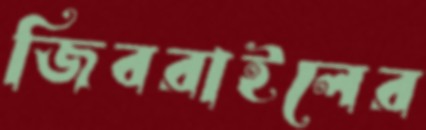
জিবরাইলের